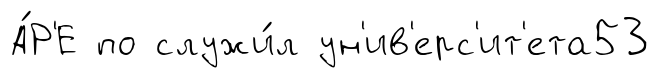
А́Р'Е по служи́л ун'ив'ерс'ит'ета53